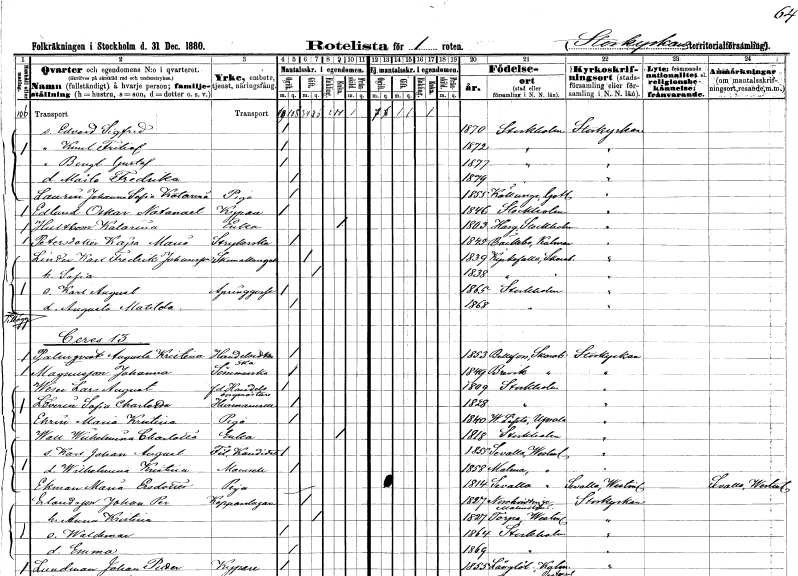
gt_parse: households: individuals: FN: Edvard Sigfrid
KON: M
CIV: O
FODAR: 1870
FODFORS: Stockholm
FN: Knut Fritiof
KON: M
CIV: O
FODAR: 1872
FODFORS: Stockholm
FN: Bengt Gustaf
KON: M
CIV: O
FODAR: 1877
FODFORS: Stockholm
FN: Märta Fredrika
KON: K
CIV: O
FODAR: 1879
FODFORS: Stockholm
FN: Johanna Sofia Katarina
EN: Laurin
YRKE: Piga
KON: K
CIV: O
FODAR: 1855
FODFORS: Källunge Gotlands län
FN: Oskar Natanael
EN: Edlund
YRKE: Kypare
KON: M
CIV: O
FODAR: 1846
FODFORS: Stockholm
FN: Katarina
EN: Hultbom
YRKE: Änka
KON: K
CIV: E
FODAR: 1803
FODFORS: Harg Uppsala län
FN: Kajsa Maria
EN: Petersdotter
YRKE: Strykerska
KON: K
CIV: O
FODAR: 1845
FODFORS: Bäckebo Kalmar län
FN: Karl Fredrik
EN: Linden Johansson
YRKE: Skomakaregesäll
KON: M
CIV: G
FODAR: 1839
FODFORS: Kyrkefalla Skaraborgs län
FN: Sofia
KON: K
CIV: G
FODAR: 1838
FODFORS: Kyrkefalla Skaraborgs län
FN: Karl August
YRKE: Springgosse
KON: M
CIV: O
FODAR: 1865
FODFORS: Stockholm
FN: Augusta Matilda
KON: K
CIV: O
FODAR: 1868
FODFORS: Stockholm
FN: Augusta Kristina
EN: Palmqvist
YRKE: Handelsidkerska
KON: K
CIV: O
FODAR: 1853
FODFORS: Bällefors Skaraborgs län
FN: Johanna
EN: Magnusson
YRKE: Sömmerska
KON: K
CIV: O
FODAR: 1849
FODFORS: Brevik Skaraborgs län
FN: Lars August
EN: Weser
YRKE: Handelsborgmästare f.d.
KON: M
CIV: O
FODAR: 1809
FODFORS: Stockholm
FN: Sofia Charlotta
EN: Sverin
YRKE: Husmamsell
KON: K
CIV: O
FODAR: 1828
FODFORS: Stockholm
FN: Maria Kristina
EN: Ehrin
YRKE: Piga
KON: K
CIV: O
FODAR: 1840
FODFORS: Västerlövsta Västmanlands län
FN: Wilhelmina Charlotta
EN: Wall
YRKE: Änka
KON: K
CIV: E
FODAR: 1818
FODFORS: Stockholm
FN: Karl Johan August
YRKE: Fil. kand.
KON: M
CIV: O
FODAR: 1855
FODFORS: Sevalla Västmanlands län
FN: Wilhelmina Kristina
KON: K
CIV: O
FODAR: 1858
FODFORS: Malma Västmanlands län
FN: Maria
EN: Ekman Ersdotter
YRKE: Piga
KON: K
CIV: O
FODAR: 1814
FODFORS: Sevalla Västmanlands län
FN: Johan Per
EN: Erlandsson
YRKE: Kopparslagare
KON: M
CIV: G
FODAR: 1827
FODFORS: Norrvidinge Malmöhus län
FN: Anna Kristina
KON: K
CIV: G
FODAR: 1827
FODFORS: Torpa Västmanlands län